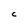
Character: C